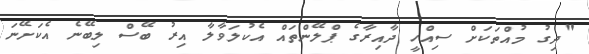
"ދިގު މުއްތަކަށް ސިއްހީ ދާއިރާގެ ޕްލޭންތައް އެކުލަވާލާ އިރު ބޭސް ލިބޭނެ އެކަށޭނަ